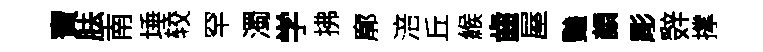
寶胠南埵较罕濁学拂廓涪丘緱齒屋豔顔彫辤撑